65_HS1-834228961_62-HQ-83894_Section_3
Agency: FBI
Page 84
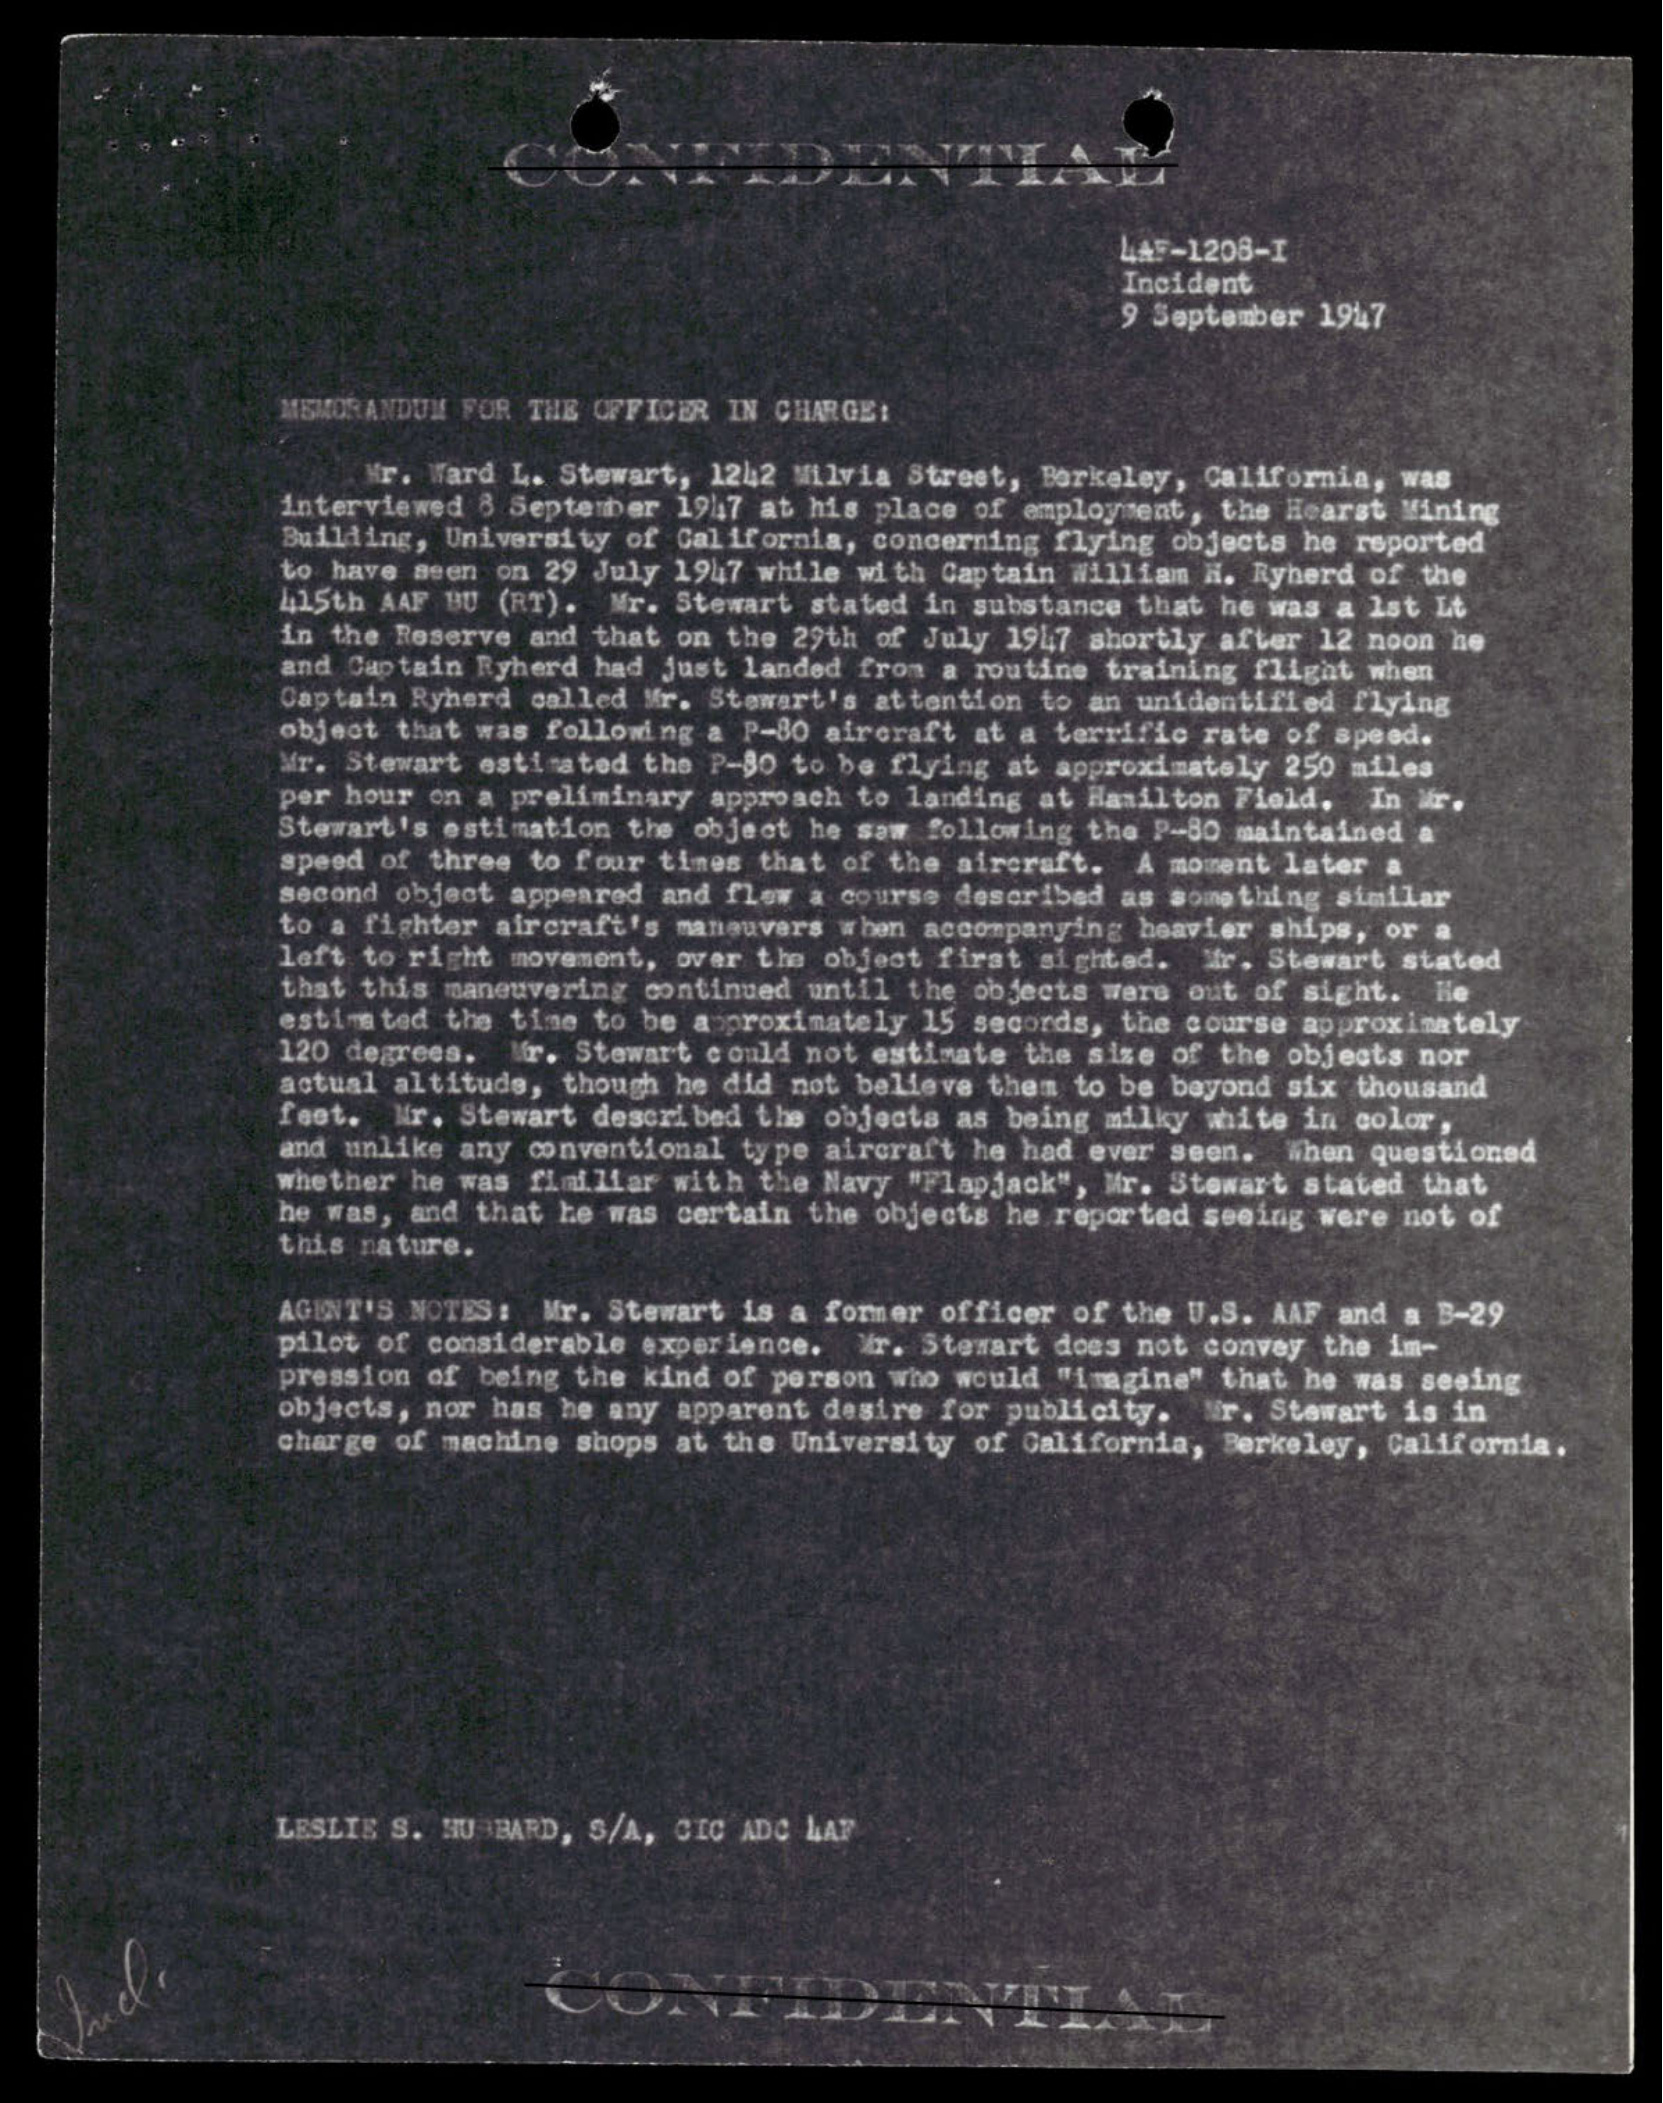